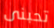
تحبنى